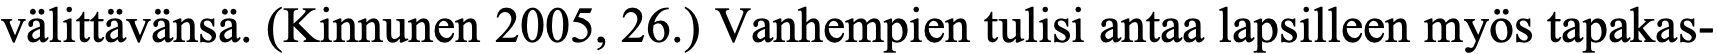
välittävänsä. (Kinnunen 2005, 26.) Vanhempien tulisi antaa lapsilleen myös tapakas-